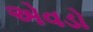
એવડો